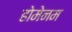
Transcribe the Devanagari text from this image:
होमेनम